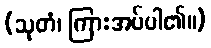
(သုတံ၊ ကြားအပ်ပါ၏။)